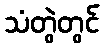
သံတွဲတွင်